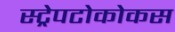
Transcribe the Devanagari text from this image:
स्ट्रेपटोकोकस